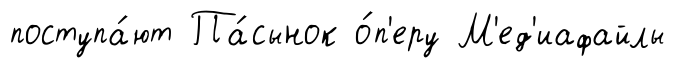
поступа́ют Па́сынок о́п'еру М'ед'иафайлы